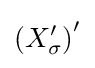
\left(X_{\sigma }^{\prime }\right)^{\prime }